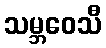
သမ္ဘဝေသီ